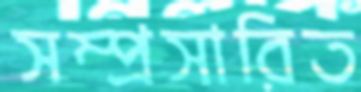
সম্প্রসারিত